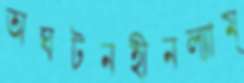
অঘটনহীনল্যাম্